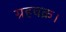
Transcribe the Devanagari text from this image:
ग्रहचक्र।